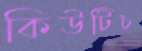
কিউটিচ